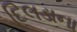
દિલડાના